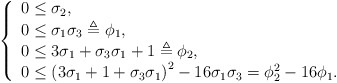
\begin{align*}\left \{\begin{array}[c]{l}0\leq \sigma_{2},\\0\leq \sigma_{1}\sigma_{3}\triangleq \phi_{1},\\0\leq3\sigma_{1}+\sigma_{3}\sigma_{1}+1\triangleq \phi_{2},\\0\leq \left( 3\sigma_{1}+1+\sigma_{3}\sigma_{1}\right) ^{2}-16\sigma_{1}\sigma_{3}=\phi_{2}^{2}-16\phi_{1}.\end{array}\right. \end{align*}